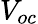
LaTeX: V_{oc}